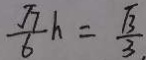
\frac { \sqrt { 7 } } { 6 } h = \frac { \sqrt { 3 } } { 3 } .